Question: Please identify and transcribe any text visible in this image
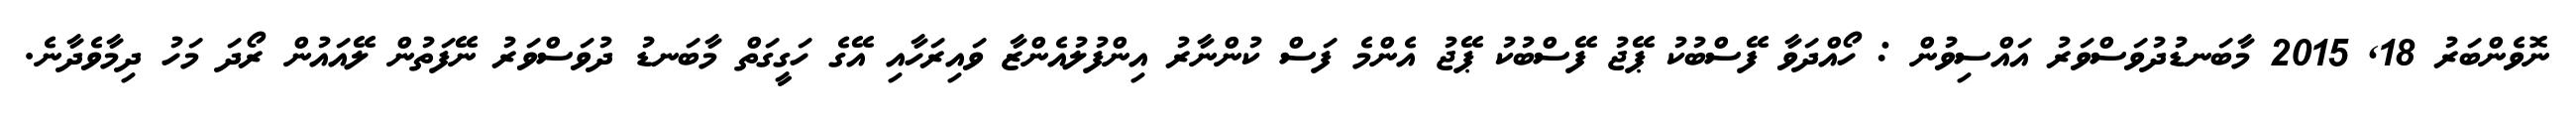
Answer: ނޮވެންބަރު 18, 2015 މާބަނޑުދުވަސްވަރު އައްސިވުން : ހޯއްދަވާ ފޭސްބުކު ޕޭޖު ފޭސްބުކު ޕޭޖު އެންމެ ފަސް ކުންނާރު އިންފުލުއެންޒާ ވައިރަހާއި އޭގެ ހަގީގަތް މާބަނޑު ދުވަސްވަރު ނޭފަތުން ލޭއައުން ރޯދަ މަހު ދިމާވެދާނެ.